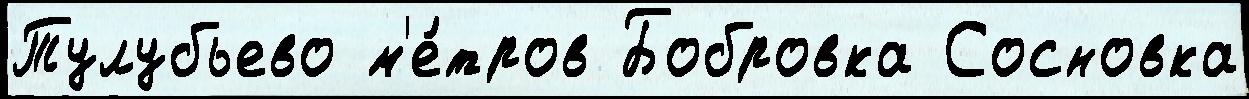
Тулубьево м'е́тров Бобровка Сосновка